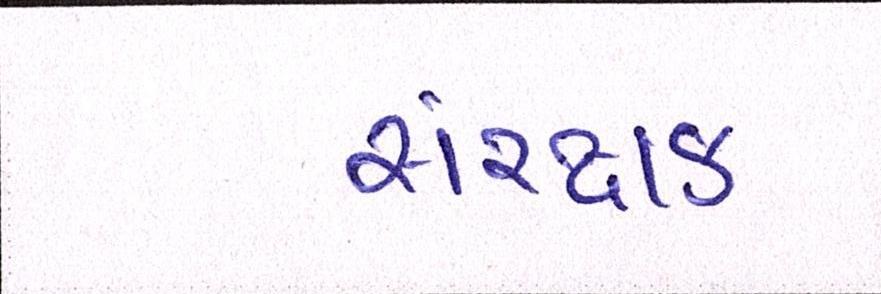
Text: સંરક્ષક